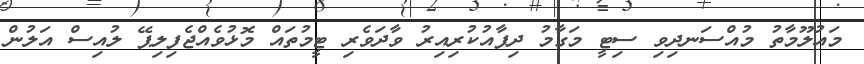
މައުލޫމާތު މުއްސަނދިވި ސިޓީ މަގާމު ދިފާއުކުރިއިރު ވާދަވެރި ޓީމުތައް މޮޅުވެއްޖެފިލިޕޭ ލުއިސް އަލުން